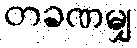
တခဏမျှ